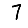
Digit: 7